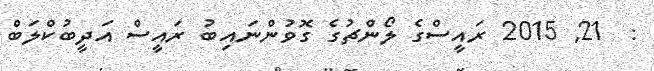
:  21